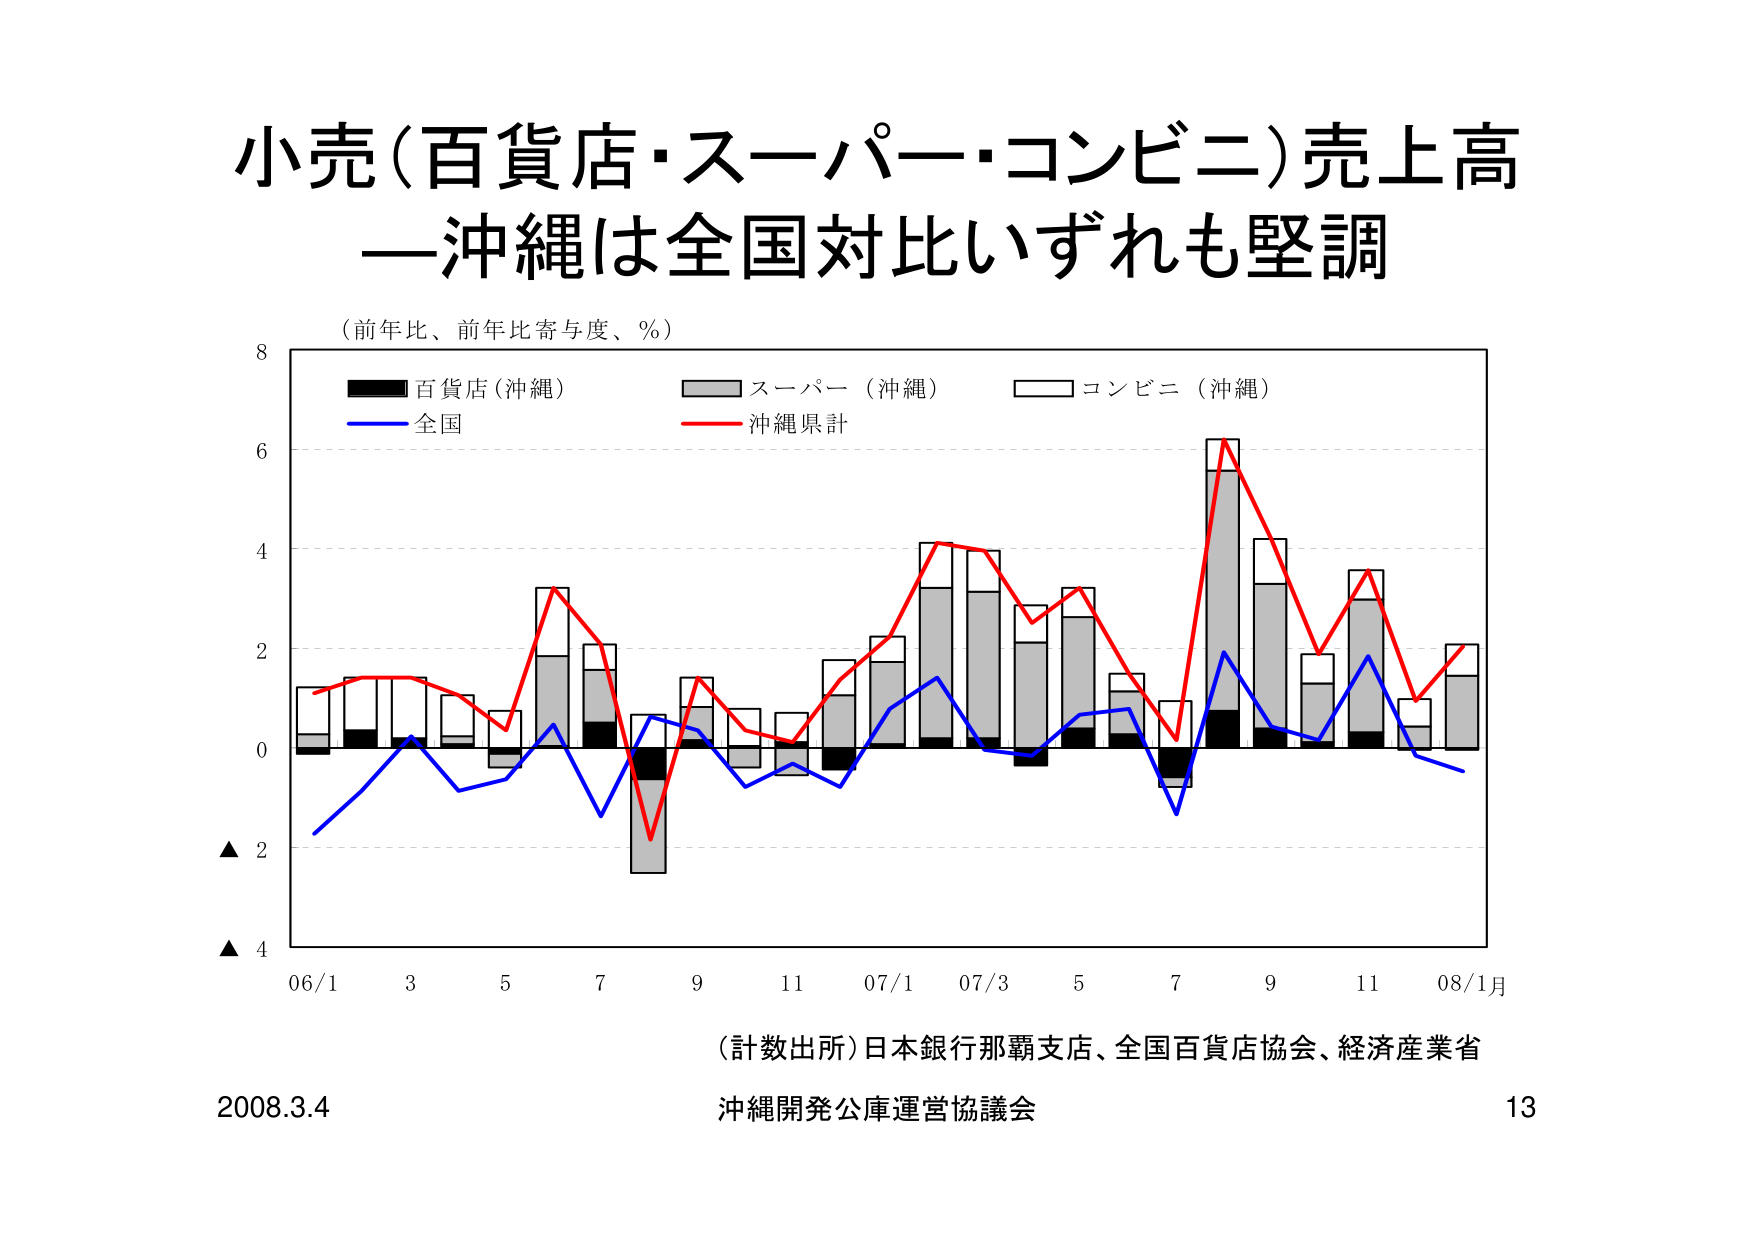
小売（百貨店・スーパー・コンビニ）売上高
—沖縄は全国対比いずれも堅調

（前年比、前年比寄与度、％）

■ 百貨店（沖縄）
□ スーパー（沖縄）
□ コンビニ（沖縄）
— 全国
— 沖縄県計

▲ 2
▲ 4
06/1  3  5  7  9  11  07/1  07/3  5  7  9  11  08/1月

（計数出所）日本銀行那覇支店、全国百貨店協会、経済産業省
沖縄開発公庫運営協議会

2008.3.4
13